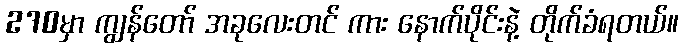
270မှာ ကျွန်တော် အခုလေးတင် ကား နောက်ပိုင်းနဲ့ တိုက်ခံရတယ်။